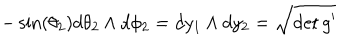
- \sin ( \theta _ { 2 } ) d \theta _ { 2 } \wedge d \phi _ { 2 } = d y _ { 1 } \wedge d y _ { 2 } = \sqrt { \det g ^ { \prime } }